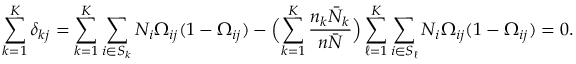
\sum _ { k = 1 } ^ { K } \delta _ { k j } = \sum _ { k = 1 } ^ { K } \sum _ { i \in S _ { k } } N _ { i } \Omega _ { i j } ( 1 - \Omega _ { i j } ) - \Bigl ( \sum _ { k = 1 } ^ { K } \frac { n _ { k } \bar { N } _ { k } } { n \bar { N } } \Bigr ) \sum _ { \ell = 1 } ^ { K } \sum _ { i \in S _ { \ell } } N _ { i } \Omega _ { i j } ( 1 - \Omega _ { i j } ) = 0 .